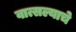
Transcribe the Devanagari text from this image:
वात्सल्याचे